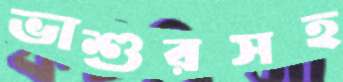
ভাশুরসহ